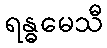
ရန္ဓမေသီ